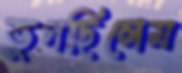
ভুগছিলেম